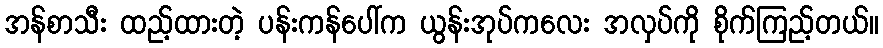
အန်စာသီး ထည့်ထားတဲ့ ပန်းကန်ပေါ်က ယွန်းအုပ်ကလေး အလှပ်ကို စိုက်ကြည့်တယ်။